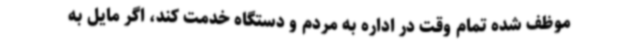
موظف شده تمام وقت در اداره به مردم و دستگاه خدمت کند، اگر مایل به